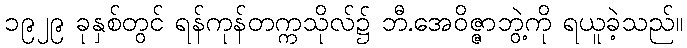
၁၉၂၉ ခုနှစ်တွင် ရန်ကုန်တက္ကသိုလ်၌ ဘီ.အေဝိဇ္ဇာဘွဲ့ကို ရယူခဲ့သည်။